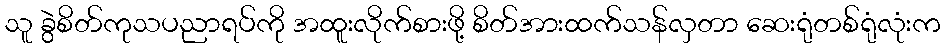
သူ ခွဲစိတ်ကုသပညာရပ်ကို အထူးလိုက်စားဖို့ စိတ်အားထက်သန်လှတာ ဆေးရုံတစ်ရုံလုံးက